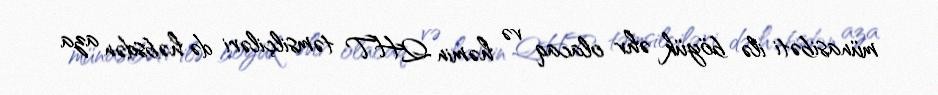
münasibəti ilə böyük əhv olacaq və həmin QHT təmsilçiləri də həbsdən aza